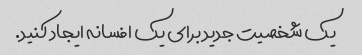
یک شخصیت جدید برای یک افسانه ایجاد کنید.